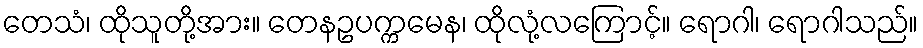
တေသံ၊ ထိုသူတို့အား။ တေနဥပက္ကမေန၊ ထိုလုံ့လကြောင့်။ ရောဂါ၊ ရောဂါသည်။